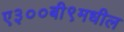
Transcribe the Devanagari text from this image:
ए३००बी९मधील